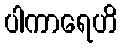
ပါကာရေဟိ